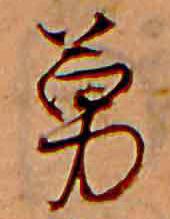
勇